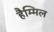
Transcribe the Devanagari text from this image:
हैम्मिल